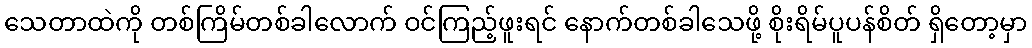
သေတာထဲကို တစ်ကြိမ်တစ်ခါလောက် ဝင်ကြည့်ဖူးရင် နောက်တစ်ခါသေဖို့ စိုးရိမ်ပူပန်စိတ် ရှိတော့မှာ